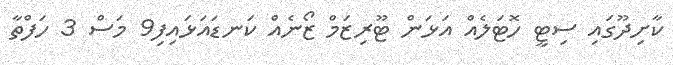
ކާށިދޫގައި ސިޓީ ހޮޓަލެއް އަޅަން ޓޫރިޒަމް ޒޯނެއް ކަނޑައަޅައިފި9 މަސް 3 ހަފްތާ